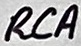
Text: RCA